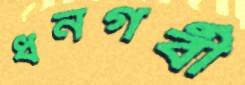
ধনগর্বী